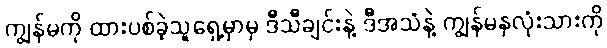
ကျွန်မကို ထားပစ်ခဲ့သူရှေ့မှာမှ ဒီသီချင်းနဲ့ ဒီအသံနဲ့ ကျွန်မနှလုံးသားကို